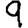
Digit: 9